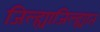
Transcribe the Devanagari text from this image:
जिल्ह्याजिल्ह्यात